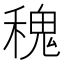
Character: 𥡂